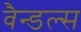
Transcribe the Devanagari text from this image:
वैन्डल्स